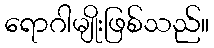
ရောဂါမျိုးဖြစ်သည်။